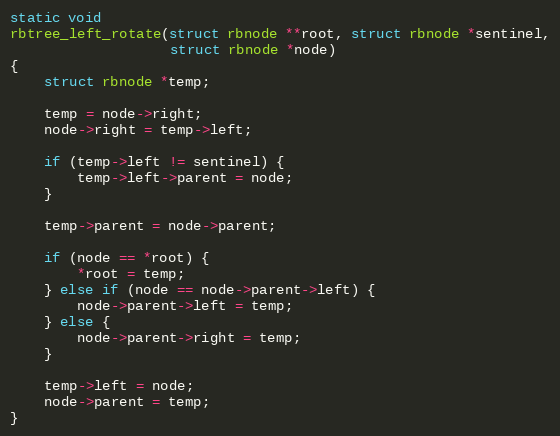
Language: C
static void
rbtree_left_rotate(struct rbnode **root, struct rbnode *sentinel,
                   struct rbnode *node)
{
    struct rbnode *temp;

    temp = node->right;
    node->right = temp->left;

    if (temp->left != sentinel) {
        temp->left->parent = node;
    }

    temp->parent = node->parent;

    if (node == *root) {
        *root = temp;
    } else if (node == node->parent->left) {
        node->parent->left = temp;
    } else {
        node->parent->right = temp;
    }

    temp->left = node;
    node->parent = temp;
}